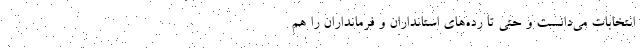
انتخابات می‌دانست و حتی تا رده‌های استانداران و فرمانداران را هم